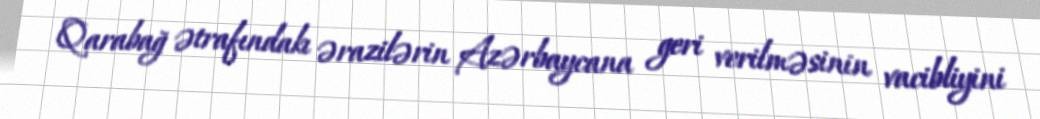
Qarabağ ətrafındakı ərazilərin Azərbaycana geri verilməsinin vacibliyini